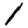
Digit: 1